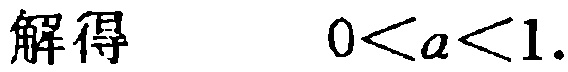
解得 \(\ 0 < a < 1\).